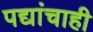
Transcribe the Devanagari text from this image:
पद्यांचाही